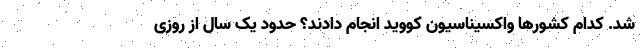
شد. کدام کشورها واکسیناسیون کووید انجام دادند؟ حدود یک سال از روزی